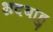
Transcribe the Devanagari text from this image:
भ्रदबाहु